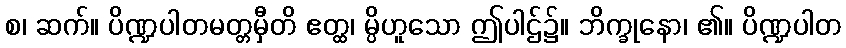
စ၊ ဆက်။ ပိဏ္ဍပါတမတ္တမှီတိ ဧတ္ထ၊ မ္ပိဟူသော ဤပါဌ်၌။ ဘိက္ခုနော၊ ၏။ ပိဏ္ဍပါတ